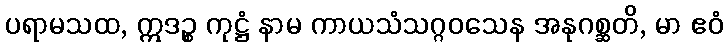
ပရာမသထ, ဣဒဉ္စ ကုဋ္ဌံ နာမ ကာယသံသဂ္ဂဝသေန အနုဂစ္ဆတိ, မာ ဧဝံ